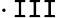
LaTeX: \cdot\operatorname{\mathtt{I}\mathtt{I}\mathtt{I}}